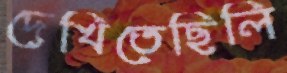
দেখিতেছিলি